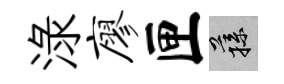
渌廖匣蓀